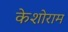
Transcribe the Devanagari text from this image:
केशोराम